65_HS1-834228961_62-HQ-83894_Section_7
Agency: FBI
Page 19
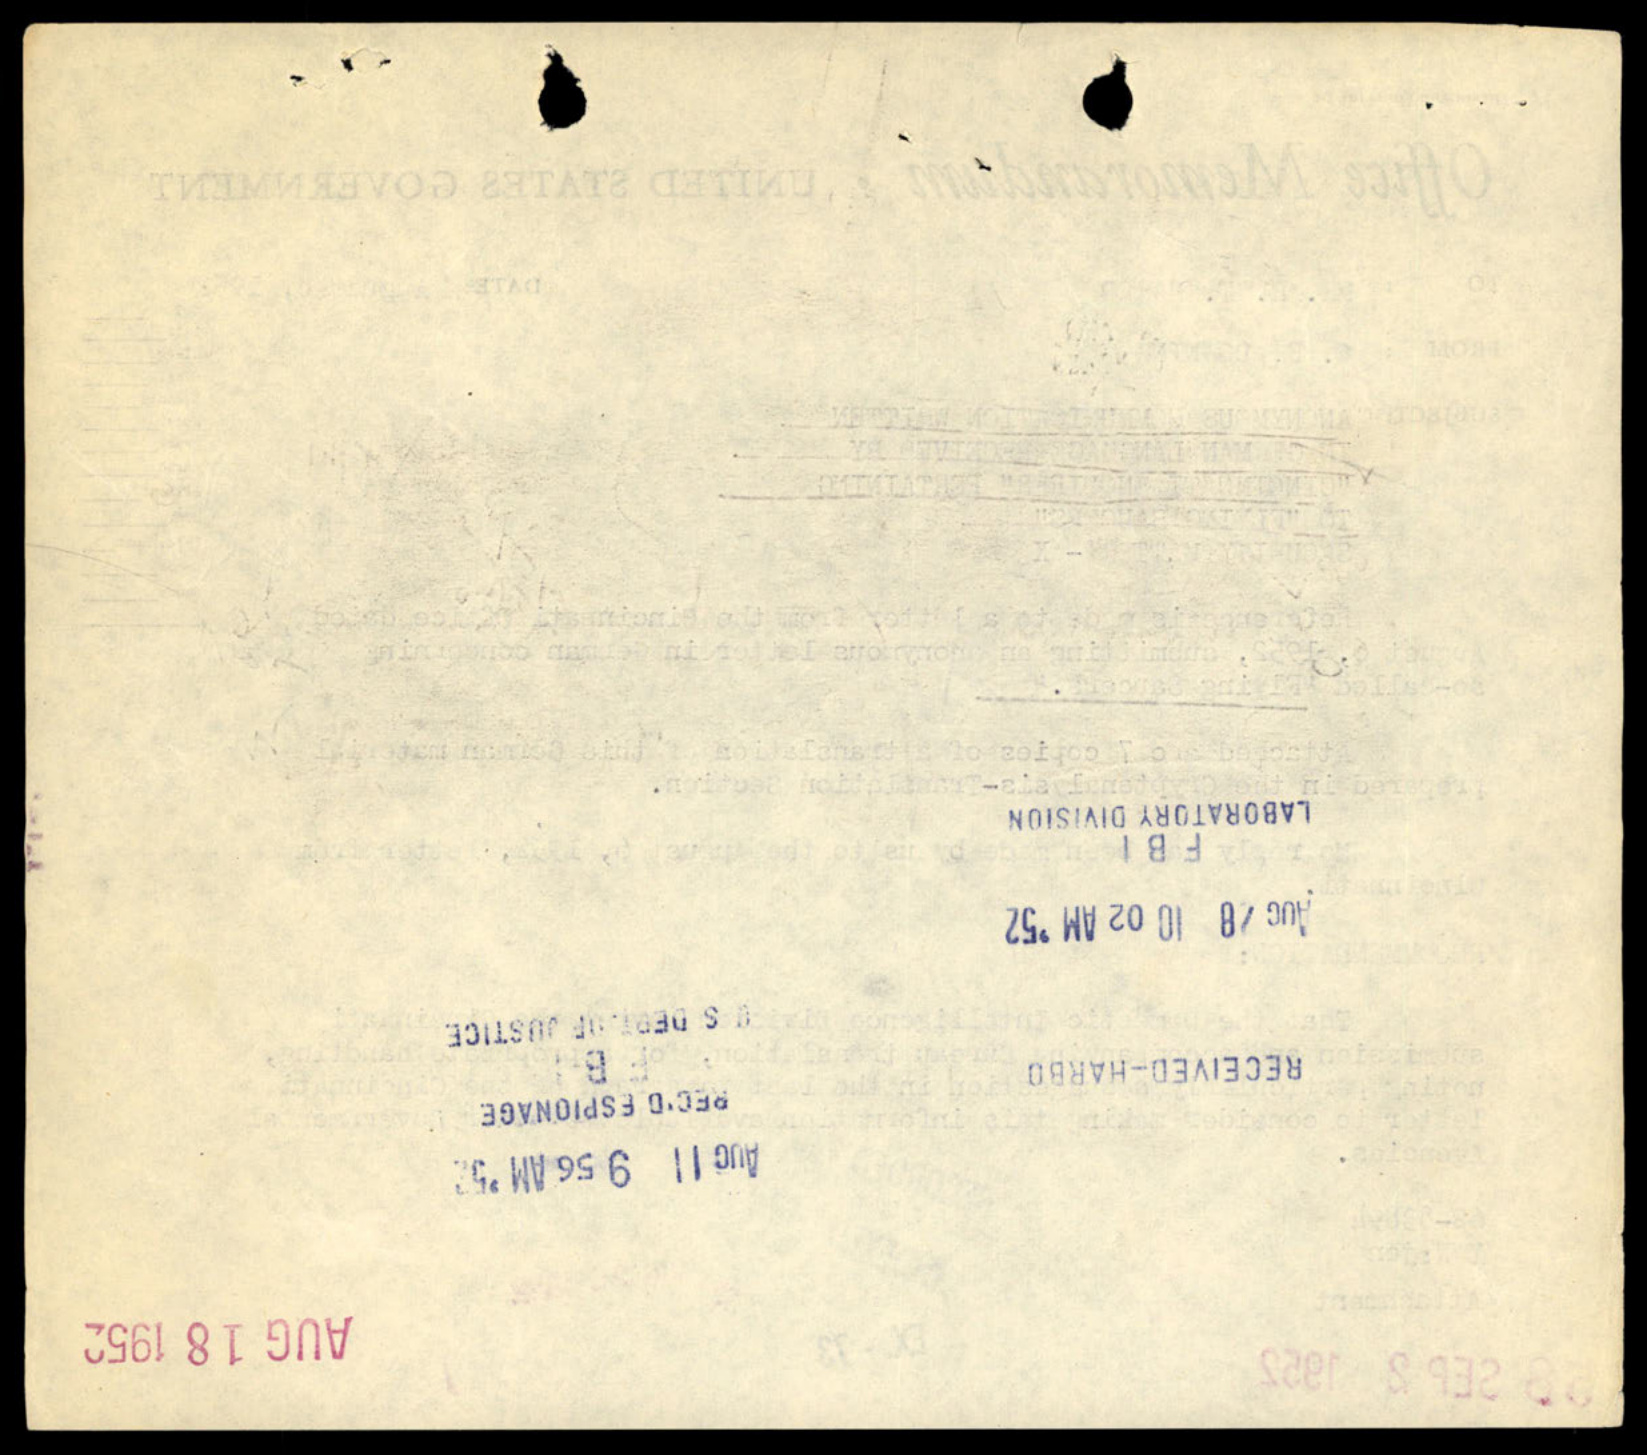